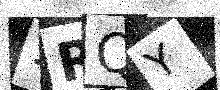
Text: 1RQY